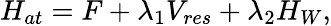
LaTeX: H_{at}=F+\lambda_{1}V_{res}+\lambda_{2}H_{W},